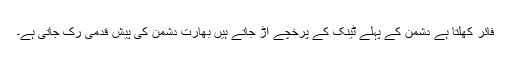
فائر کھلتا ہے دشمن کے پہلے ٹینک کے پرخچے اڑ جاتے ہیں بھارت دشمن کی پیش قدمی رک جاتی ہے۔